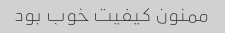
ممنون کیفیت خوب بود